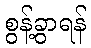
စွန့်ခွာရန်